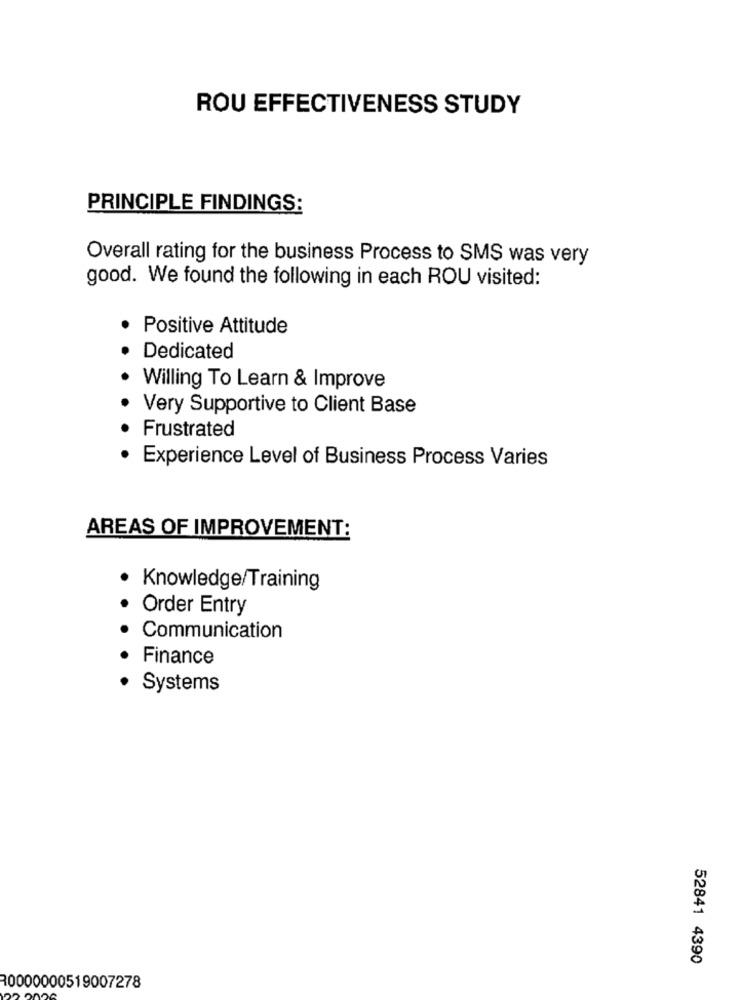
ROU EFFECTIVENESS STUDY
PRINCIPLE FINDINGS:
Overall rating for the business Process to SMS was very
good. We found the following in each ROU visited:
Positive Attitude
Dedicated
Willing To Learn & Improve
Very Supportive to Client Base
Frustrated
Experience Level of Business Process Varies
AREAS OF IMPROVEMENT:
· Knowledge/Training
Order Entry
Communication
Finance
· Systems
52841 4390
30000000519007278